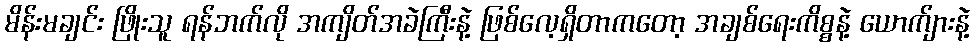
မိန်းမချင်း ဖြိုးသူ ရန်ဘက်လို အကျိတ်အခဲကြီးနဲ့ ဖြစ်လေ့ရှိတာကတော့ အချစ်ရေးကိစ္စနဲ့ ယောက်ျားနဲ့